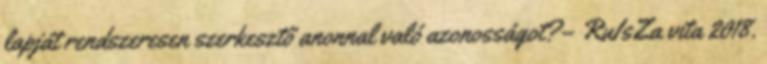
lapját rendszeresen szerkesztő anonnal való azonosságot?– RuIsZa vita 2018.